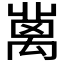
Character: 𥝄